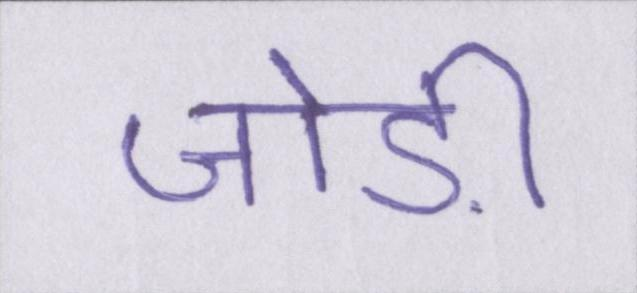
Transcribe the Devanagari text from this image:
जोड़ी